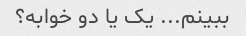
ببینم... یک یا دو خوابه؟